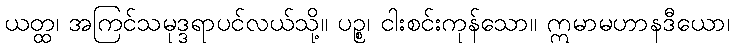
ယတ္ထ၊ အကြင်သမုဒ္ဒရာပင်လယ်သို့။ ပဉ္စ၊ ငါးစင်းကုန်သော။ ဣမာမဟာနဒီယော၊